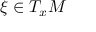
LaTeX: \xi \in T _ { x } M